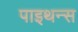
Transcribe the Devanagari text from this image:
पाइथन्स